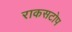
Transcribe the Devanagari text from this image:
राकसटोप